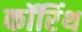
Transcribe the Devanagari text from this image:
कॉरिंथ